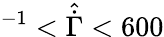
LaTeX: ^{-1}<\hat{\dot{\Gamma}}<600